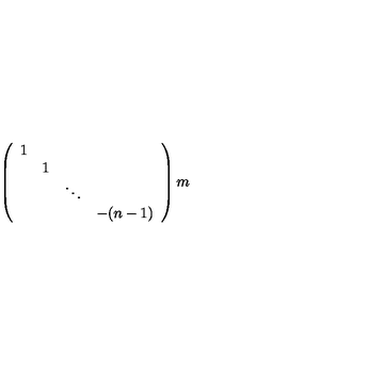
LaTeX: \left( \begin{array} { c c c c } { 1 } & { } & { } & { } \\ { } & { 1 } & { } & { } \\ { } & { } & { \ddots } & { } \\ { } & { } & { } & { - ( n - 1 ) } \\ \end{array} \right) m